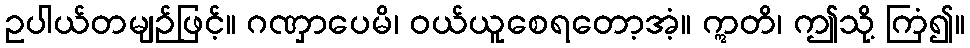
ဥပါယ်တမျဉ်ဖြင့်။ ဂဏှာပေမိ၊ ဝယ်ယူစေရတော့အံ့။ ဣတိ၊ ဤသို့ ကြံ၍။